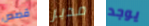
قصص مدبر يوجد